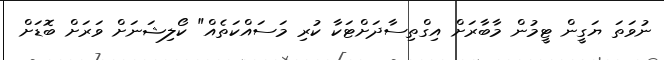
ނުވަތަ ޔަގީން ޓީމުން މާބާރަށް އިގްތިސާދަށްޓަކާ ކުރި މަސައްކަތެއް" ކޯލިޝަނަށް ވަރަށް ބޮޑަށް